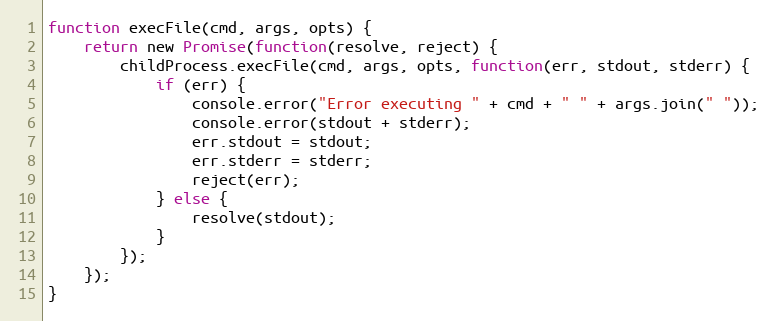
Language: JavaScript
function execFile(cmd, args, opts) {
    return new Promise(function(resolve, reject) {
        childProcess.execFile(cmd, args, opts, function(err, stdout, stderr) {
            if (err) {
                console.error("Error executing " + cmd + " " + args.join(" "));
                console.error(stdout + stderr);
                err.stdout = stdout;
                err.stderr = stderr;
                reject(err);
            } else {
                resolve(stdout);
            }
        });
    });
}